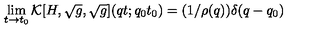
\lim _ { t \rightarrow t _ { 0 } } { \cal K } [ H , \sqrt { g } , \sqrt { g } ] ( q t ; q _ { 0 } t _ { 0 } ) = ( 1 / \rho ( q ) ) \delta ( q - q _ { 0 } )